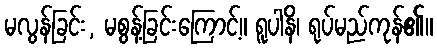
မလွန်ခြင်း, မစွန့်ခြင်းကြောင့်။ ရူပါနိ၊ ရုပ်မည်ကုန်၏။